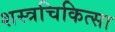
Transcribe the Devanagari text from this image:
शस्त्रचिकित्सा